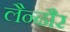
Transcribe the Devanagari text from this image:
लैन्ढौर